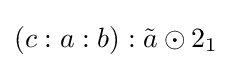
(c:a:b):{\tilde {a}}\odot 2_{1}